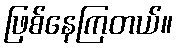
ဖြစ်နေကြတယ်။